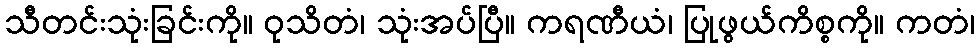
သီတင်းသုံးခြင်းကို။ ဝုသိတံ၊ သုံးအပ်ပြီ။ ကရဏီယံ၊ ပြုဖွယ်ကိစ္စကို။ ကတံ၊